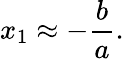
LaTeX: x_{1}\approx-{\frac{b}{a}}.